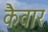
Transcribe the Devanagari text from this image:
कैवार